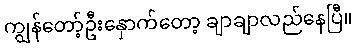
ကျွန်တော့်ဦးနှောက်တော့ ချာချာလည်နေပြီ။